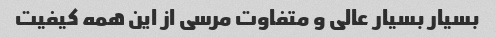
بسیار بسیار عالی و متفاوت مرسی از این همه کیفیت